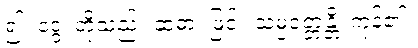
၍။ ဒွေ၊ တို့သည်။ ဆဓာ၊ ဖြင့်။ သမ္ပဝတ္တန္တိ၊ ကုန်၏။